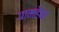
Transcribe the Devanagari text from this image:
पामहैबा